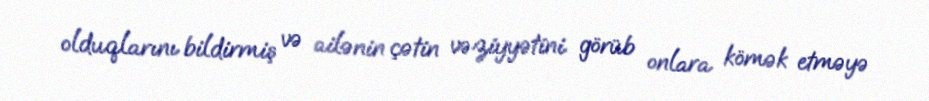
olduqlarını bildirmiş və ailənin çətin vəziyyətini görüb onlara kömək etməyə